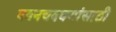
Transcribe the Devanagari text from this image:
पवनचक्क्यांसाठी